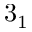
3 _ { 1 }